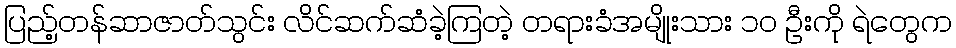
ပြည့်တန်ဆာဇာတ်သွင်း လိင်ဆက်ဆံခဲ့ကြတဲ့ တရားခံအမျိုးသား ၁၀ ဦးကို ရဲတွေက